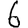
Digit: 6